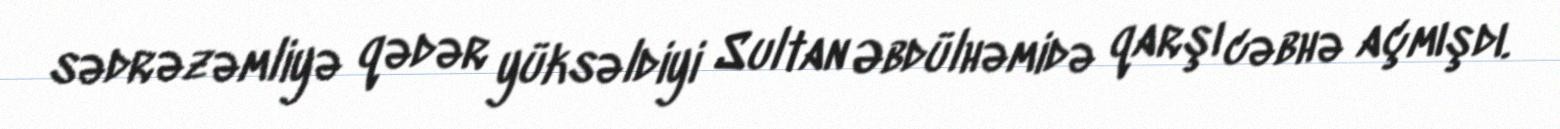
sədrəzəmliyə qədər yüksəldiyi Sultan Əbdülhəmidə qarşı cəbhə açmışdı.